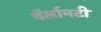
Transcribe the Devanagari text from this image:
बॅर्लानटी